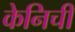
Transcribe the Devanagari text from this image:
केनिची